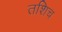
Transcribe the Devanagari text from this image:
तशिच